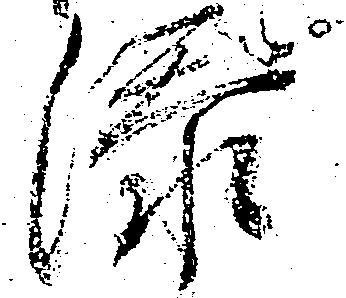
添